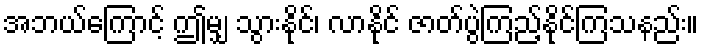
အဘယ်ကြောင့် ဤမျှ သွားနိုင်၊ လာနိုင် ဇာတ်ပွဲကြည့်နိုင်ကြသနည်း။